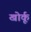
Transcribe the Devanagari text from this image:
खोर्कू